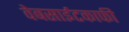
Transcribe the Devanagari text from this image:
वेबसाईटकाफी